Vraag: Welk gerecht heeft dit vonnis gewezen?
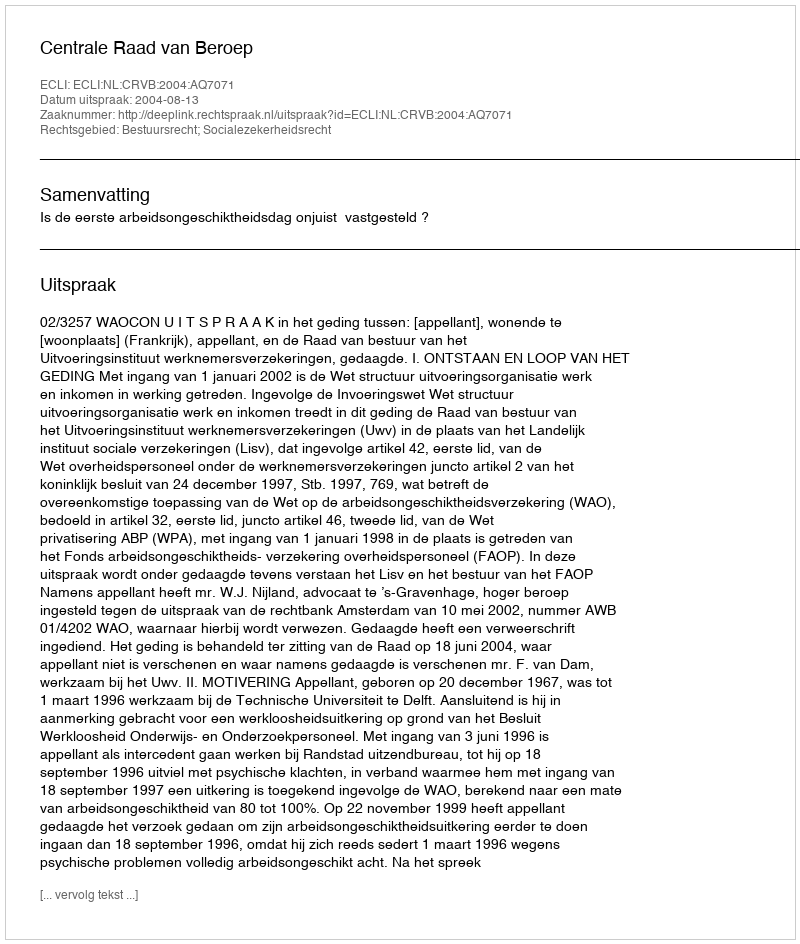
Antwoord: Centrale Raad van Beroep